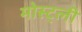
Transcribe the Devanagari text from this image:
मोस्ट्ली